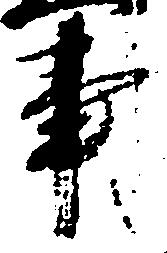
事